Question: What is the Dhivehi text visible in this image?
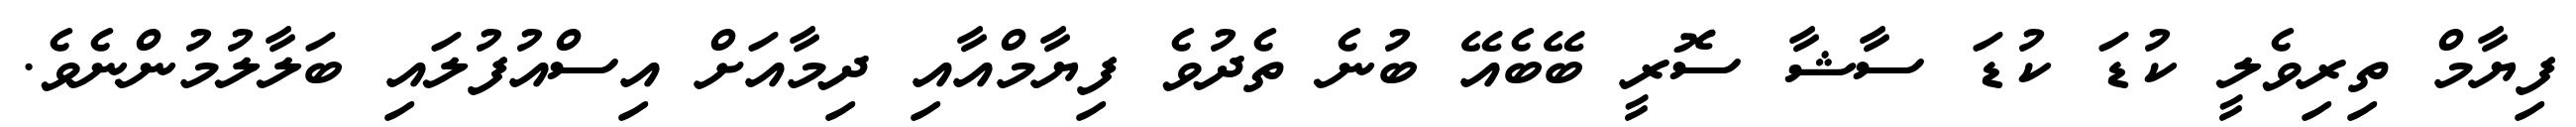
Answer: ފިޔާމް ތިރިވެލީ ކުޑަ ކުޑަ ސާޝާ ސޮރީ ބޭބެއޭ ބުނެ ތެދުވެ ފިޔާމްއާއި ދިމާއަށް އިސްއުފުލައި ބަލާލުމުންނެވެ.